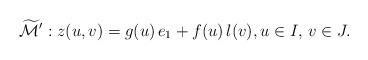
LaTeX: \begin{align*} \widetilde{\mathcal{M}}': z(u,v) = g(u) \,e_1 + f(u)\, l(v), u \in I, \, v \in J.\end{align*}